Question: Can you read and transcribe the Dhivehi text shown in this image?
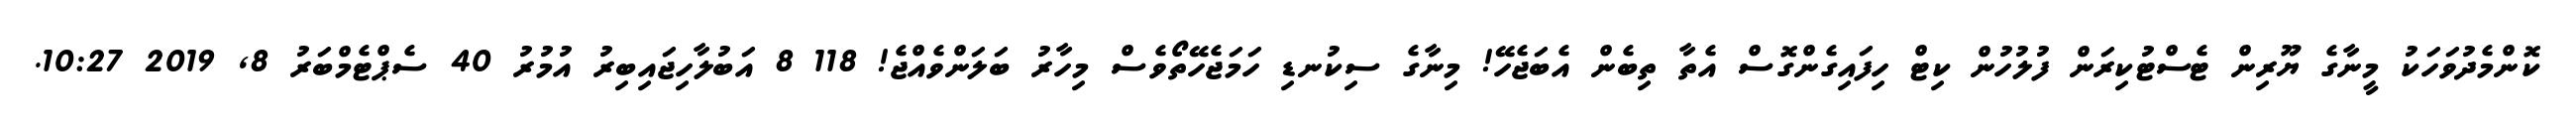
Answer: ކޮންމެދުވަހަކު މީނާގެ ޔޫރިން ޓެސްޓުކިރަން ފުލުހުން ކިޓް ހިފައިގެންގޮސް އެތާ ތިބެން އެބަޖެހޭ! މިނާގެ ސިކުނޑި ހަމަޖެހޭތޯވެސް މިހާރު ބަލަންވެއްޖެ! 118 8 އަބުލާހިޖައިބިރު އުމުރު 40 ސެޕްޓެމްބަރު 8, 2019 10:27.